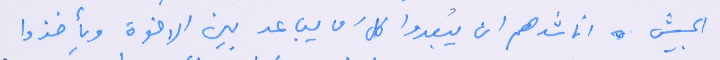
الجيش اناشدهم ان يُبعدوا كل َ من يُباعد بين الاخوة ويأخذوا